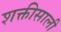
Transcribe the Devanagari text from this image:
शक्तीसाली